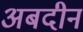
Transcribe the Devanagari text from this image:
अबदीन